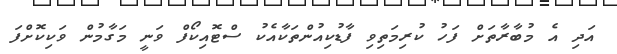
އަދި އެ މުބާރާތަށް ފަހު ކުރިމަތިވި ފާޑުކިއުންތަކާއެކު ސްޓޮއިކޯފް ވަނީ މަގާމުން ވަކިކޮށްފަ